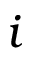
i